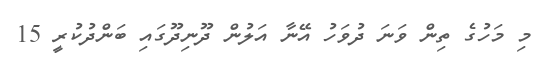
މި މަހުގެ ތިން ވަނަ ދުވަހު އޭނާ އަލުން ދޫނިދޫގައި ބަންދުކުރީ 15